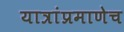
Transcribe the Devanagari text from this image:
यात्रांप्रमाणेच